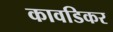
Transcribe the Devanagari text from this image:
कावडिकर